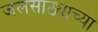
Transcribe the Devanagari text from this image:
जलसाठ्याच्या